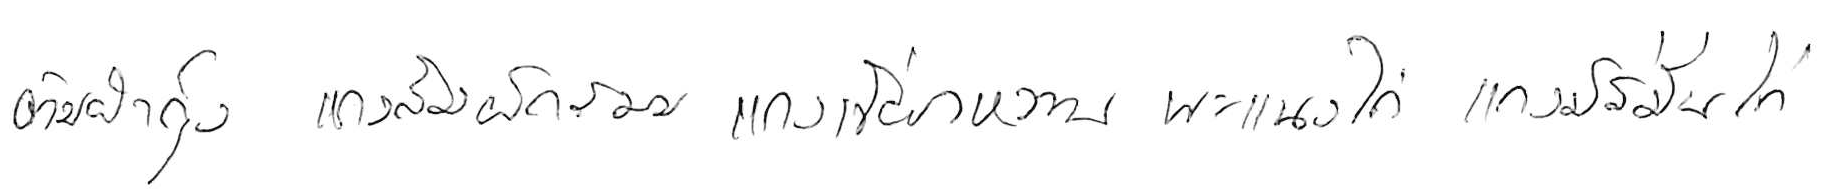
ต้มยำกุ้ง แกงส้มผักรวม แกงเขียวหวาน พะแนงไก่ แกงมัสมั่นไก่